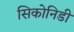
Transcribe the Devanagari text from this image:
सिकोनिडी